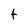
Character: t